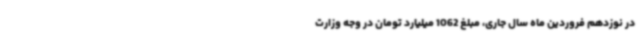
در نوزدهم فروردین ماه سال جاری، مبلغ 1062 میلیارد تومان در وجه وزارت